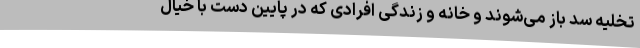
تخلیه سد باز می‌شوند و خانه و زندگی افرادی که در پایین دست با خیال